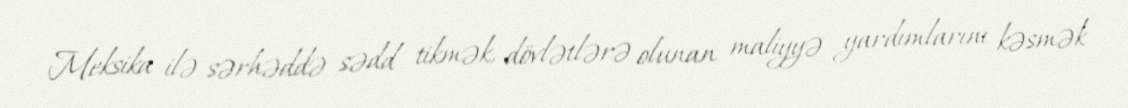
Meksika ilə sərhəddə sədd tikmək, dövlətlərə olunan maliyyə yardımlarını kəsmək